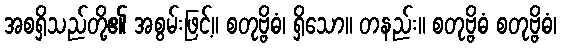
အစရှိသည်တို့၏ အစွမ်းဖြင့်။ စတုဗ္ဗိဓံ၊ ရှိသော။ တနည်း။ စတုဗ္ဗိဓံ စတုဗ္ဗိဓံ၊